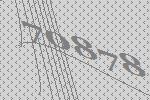
70878